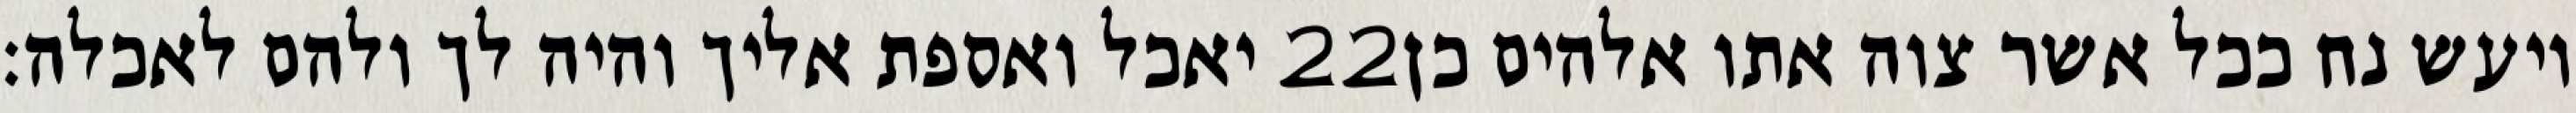
יאכל ואספת אליך והיה לך ולהם לאכלה׃ ‎22‏ ויעש נח ככל אשר צוה אתו אלהים כן